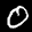
Label: 0